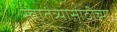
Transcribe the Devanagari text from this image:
स्वातंत्र्यासाठीच्या